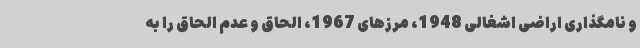
و نامگذاری اراضی اشغالی 1948، مرزهای 1967، الحاق و عدم الحاق را به